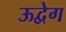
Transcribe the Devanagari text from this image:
ऊद्वेग